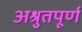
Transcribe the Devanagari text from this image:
अश्रुतपूर्ण